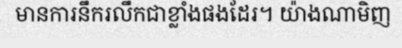
មានការនឹករលឹកជាខ្លាំងផងដែរ។ យ៉ាងណាមិញ